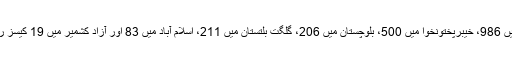
اس کے بعد سندھ میں 986، خیبرپختونخوا میں 500، بلوچستان میں 206، گلگت بلتستان میں 211، اسلام آباد میں 83 اور آزاد کشمیر میں 19 کیسز رپورٹ ہوچکے ہیں۔